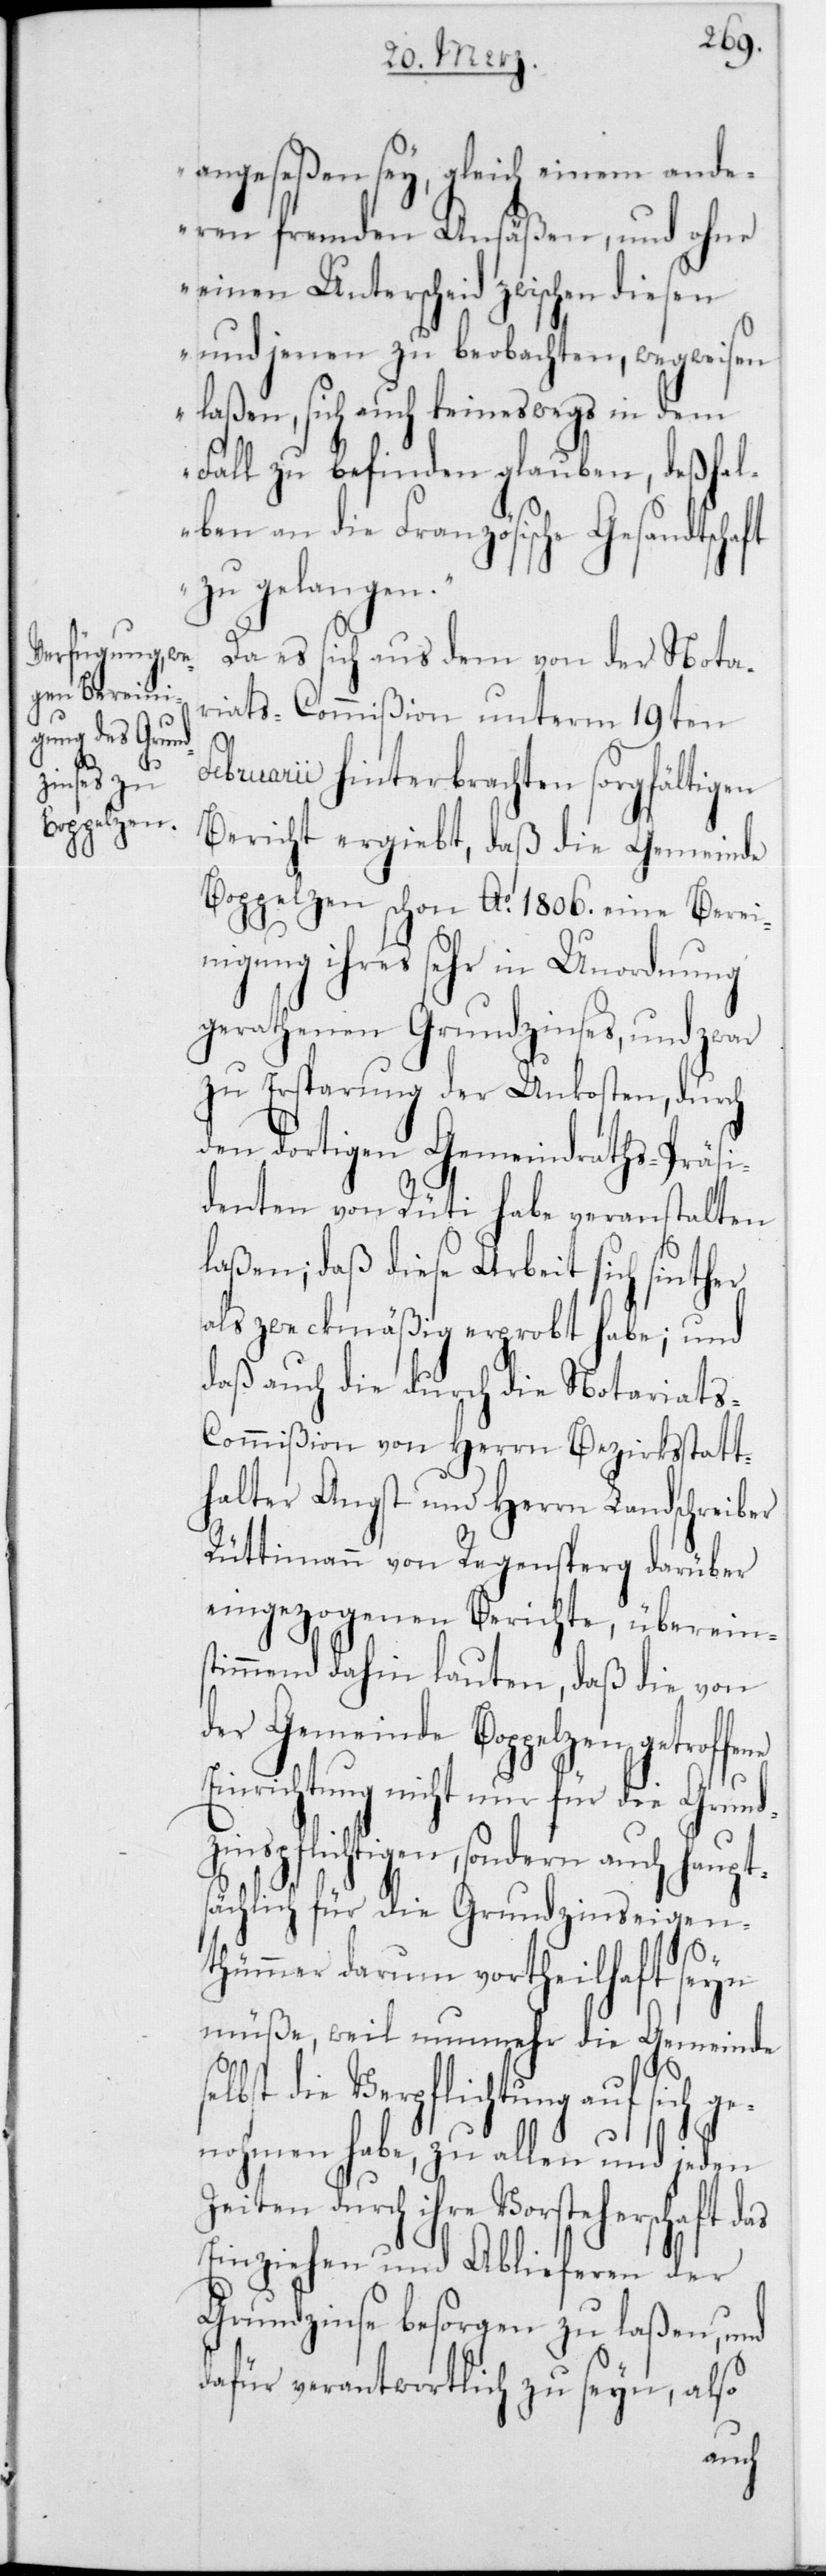
angeseßen sey, gleich einem ande¬
ren fremden Ansäßen, und ohne
einen Unterscheid zwischen diesen
und jenen zu beobachten, wegweisen
laßen, sich auch keineswegs in dem
Fall zu befinden glauben, deßhal¬
ben an die Französische Gesandtschaft
zu gelangen“.
Da es sich aus dem von der Nota¬
riats-Commißion unterm 19ten
as
Februarii hinterbrachten sorgfältigen
Bericht ergiebt, daß die Gemeinde
Boppelzen schon Ao 1806 eine Berei¬
nigung ihres sehr in Unordnung
gerathenen Grundzinses, und zwar
zu Ersparung der Unkosten, durch
den dortigen Gemeindraths-Präsi¬
denten von Rüti habe veranstalten
laßen; daß diese Arbeit sich sinther
als zweckmäßig erprobt habe; und
daß auch die durch die Notariat¬
s-Commißion von Herrn Bezirksstatt¬
halter Angst und Herrn Landschreiber
Rüttimann von Regensperg darüber
eingezogenen Berichte, überein¬
stimmend dahin lauten, daß die von
der Gemeinde Boppelzen getroffe¬
Einrichtung nicht nur für die Grun¬
dzinspflichtigen, sondern auch haupt¬
sächlich für die Grundzinseigen¬
thümmer darum vortheilhaft sein
müße, weil nunmehr die Gemeinde
elbst die Verpflichtung auf sich
genohmen habe, zu allen und jeden
Zeiten durch ihre Vorsteherschaft d¬
Einziehen und Ablieferen der
Grundzinse besorgen zu laßen, und
dafür verantwortlich zu seyn, also